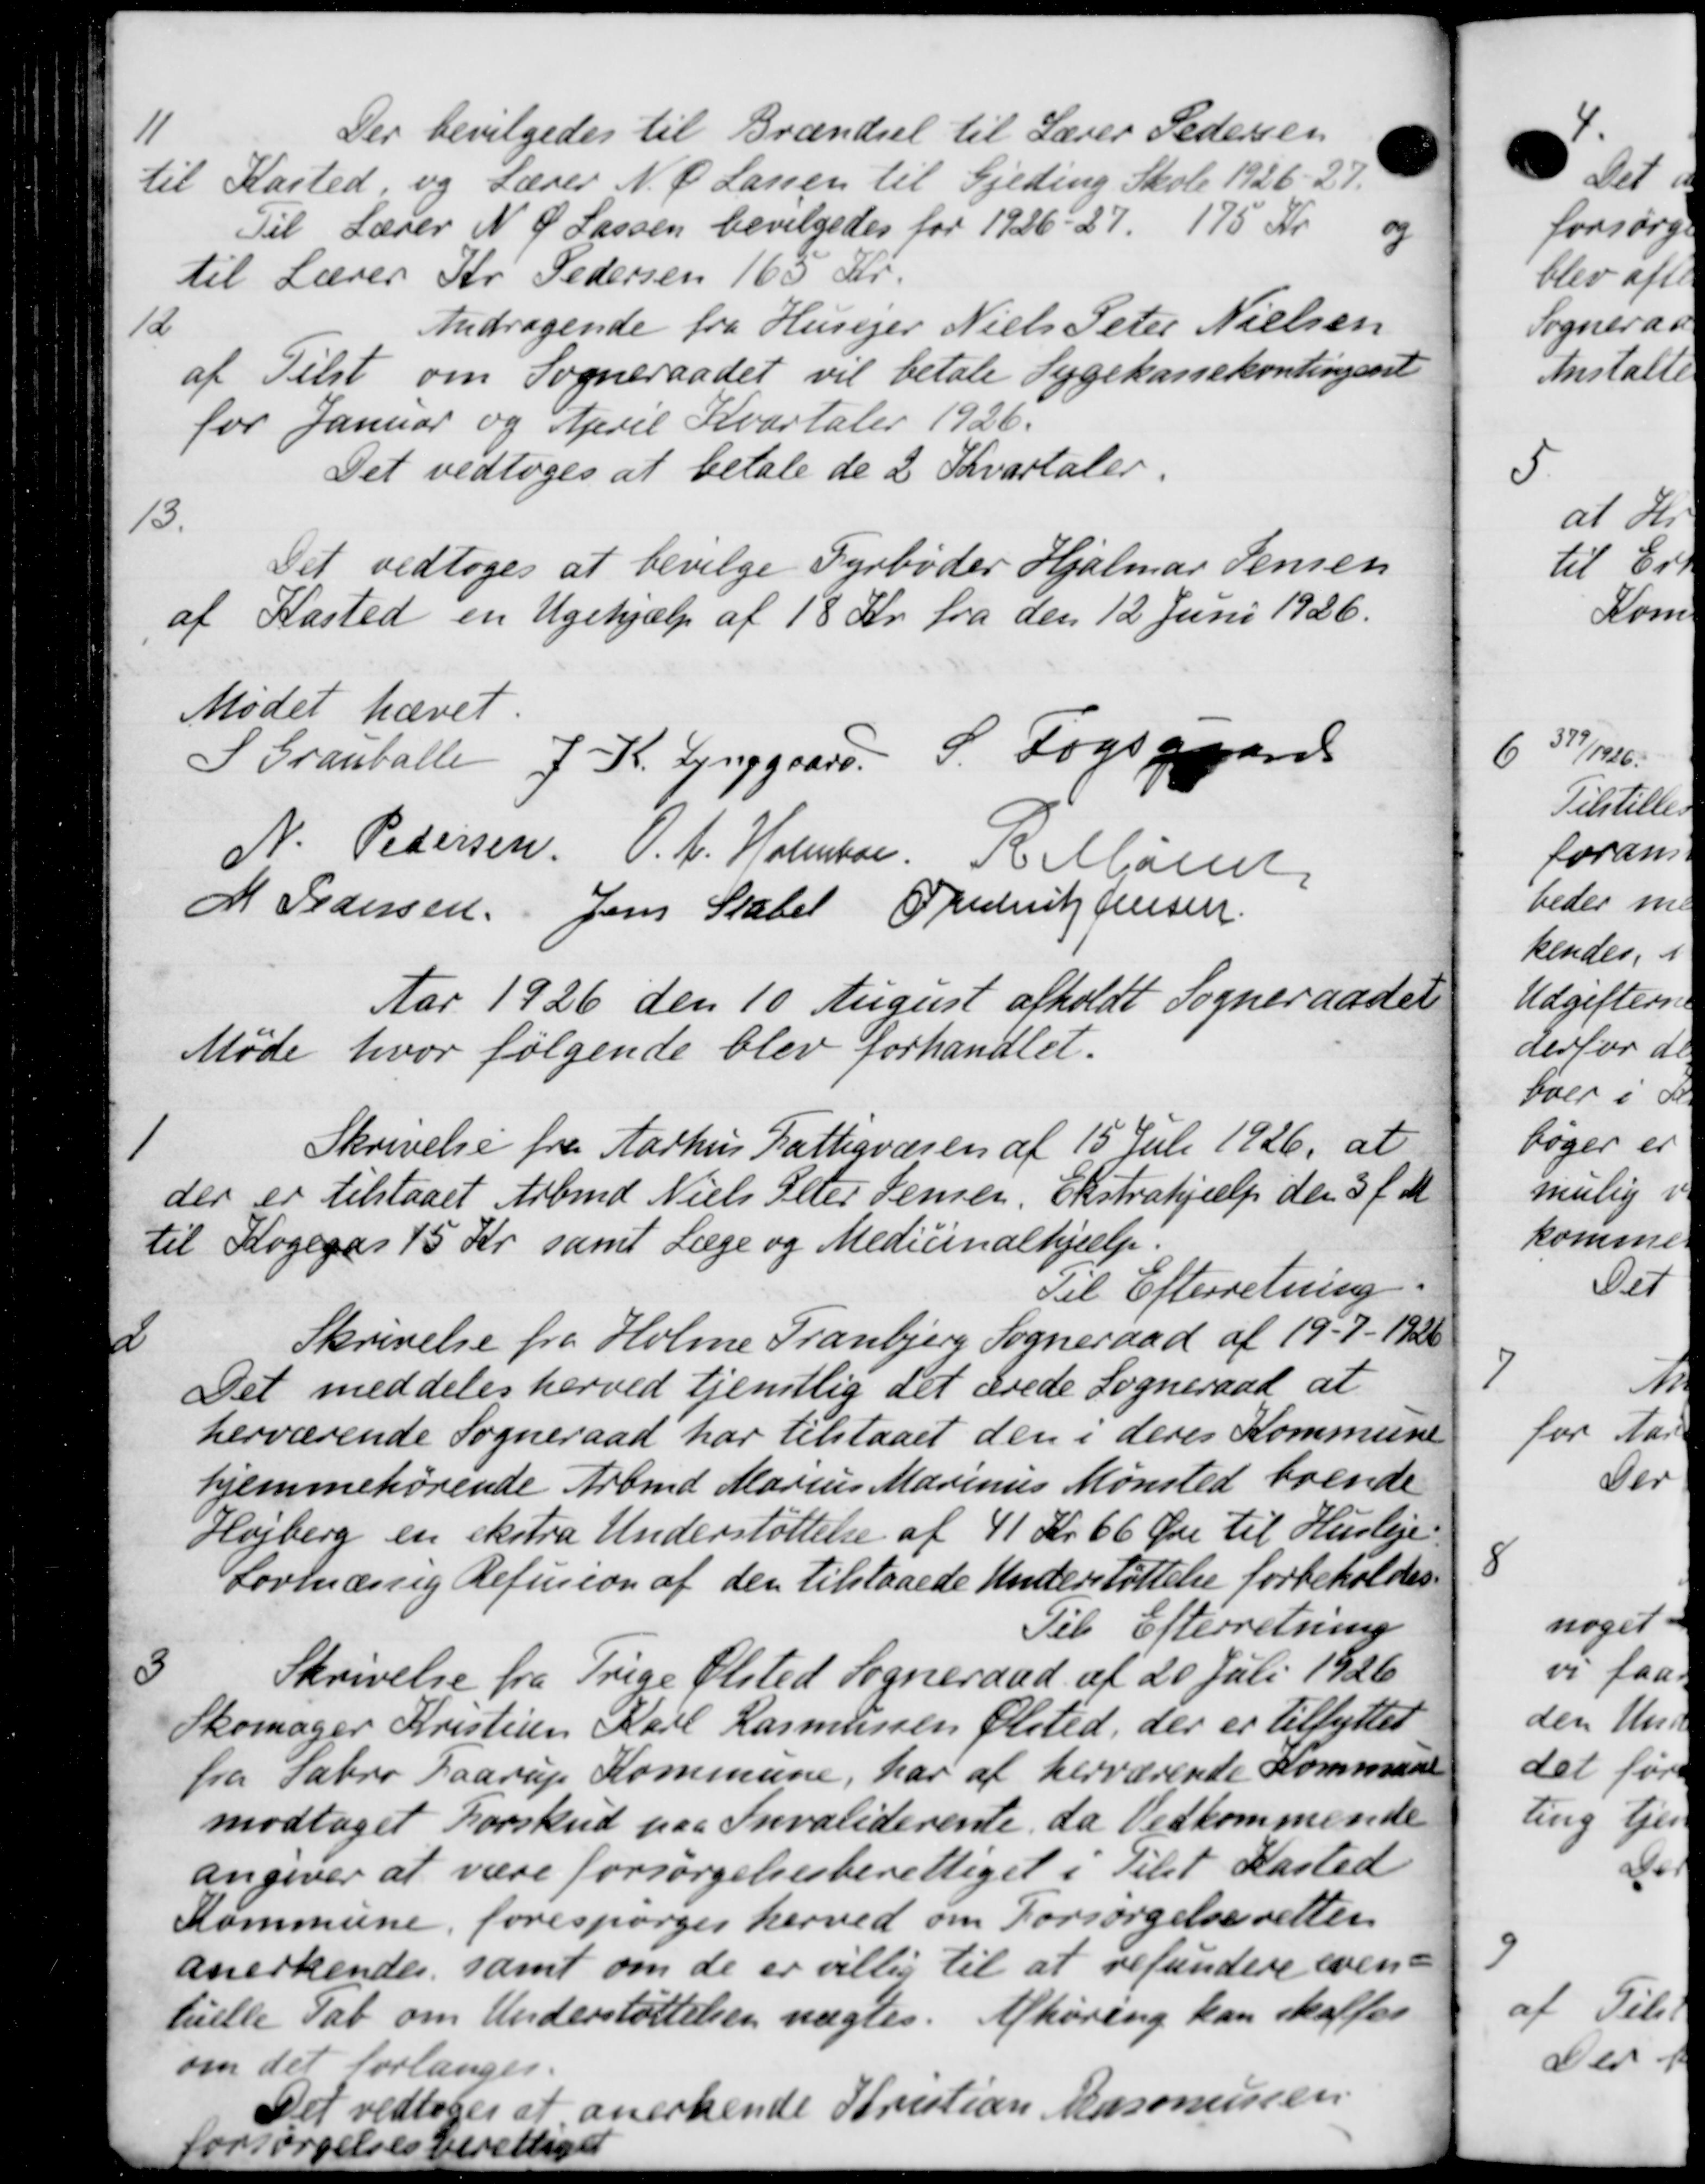
Transskription:
11
Der bevilgedes til Brændsel til Lærer Pedersen
til Kasted, og Lærer N. P. Larsen til Gjeding Skole 1926-27.
Til Lærer N. P. Lassen bevilgedes for 1926-27, 175 Kr og
til Lærer Kr. Pedersen 165 Kr.
12
Andragende fra Husejer Niels Peter Nielsen
af Tilst om Sogneraadet vil betale Sygekassekontingent
for Januar og April Kvartaler 1926.
Det vedtoges at betale de 2 Kvartaler.
13.
Det vedtoges at bevilge Fyrbøder Hjalmar Jensen
af Kasted en Ugehjælp af 18 Kr. fra den 12 Juni 1926.
Mødet hævet.
S Granballe J. K. Lynggaard S. Fogsgaards
N. Pedersen, O. F. Holmber. R. Maren
M Pedersen Jens Statel Frederik Jensen
Aar 1926 den 10 August afholdt Sogneraadet
Møde hvor følgende blev forhandlet.
1
Skrivelse fra Aarhus Fattigvæsen af 15 Juli 1926, at
der er tilstaaet Arbmd. Niels Peter Jensen, Ekstrahjælp den 3 f. M.
til Kogegas 15 Kr. samt Læge og Medicinalhjælp.
Til Efterretning.
2
Skrivelse fra Holme Tranbjerg Sogneraad af 19-7-1926
Det meddeles herved tjenstlig det ærede Sogneraad at
herværende Sogneraad har tilstaaet den i deres Kommune
hjemmehørende Arbmd Marius Marinus Mønsted boende
Højberg en ekstra Understøttelse af 41 Kr. 66 Øre til Husleje-
Lovmæssig Refusion af den tilstaaede Understøttelse forbeholdes
Til Efterretning
3
Skrivelse fra Trige Ølsted Sogneraad af 20 Juli 1926
Skomager Kristian Karl Rasmussen Ølsted, der er tilfytter
fra Sabro Gaarup Kommune, har af herværende Kommune
modtaget Forskud paa Invaliderente, da Vedkommende
angiver at være forsørgelsesberettiget i Tilst Kasted
Kommune forespørges herved om Forsørgelsesretten
anerkendes, samt om de er villig til at refundere even-
luille Tab om Understøttelsen nægtes. Afhøring kan skalfor
om det forlanges.
Det vedtoges at anerkende Kristian Rasmussen
Forsørgelsesberettig